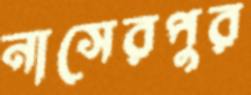
নাসেরপুর